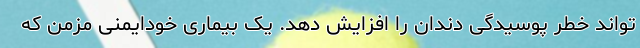
تواند خطر پوسیدگی دندان را افزایش دهد. یک بیماری خودایمنی مزمن که